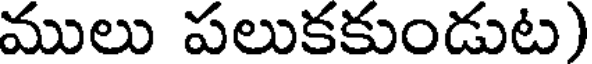
ములు పలుకకుండుట)